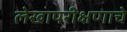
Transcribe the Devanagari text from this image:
लेखापरीक्षणाचे